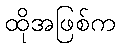
ထိုအဖြစ်က